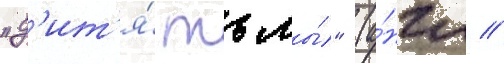
"д'ит'я́ тьмы́" (а́нгл //